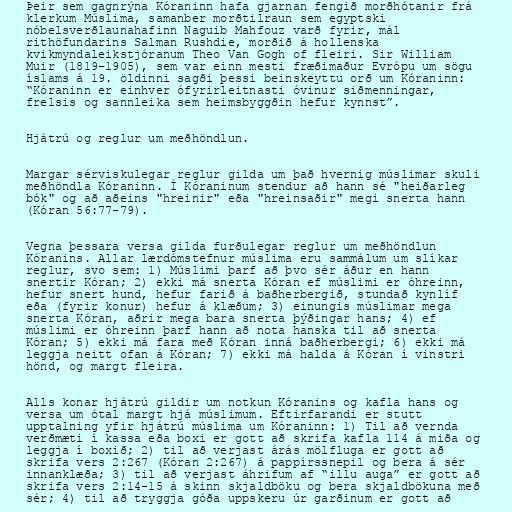
Þeir sem gagnrýna Kóraninn hafa gjarnan fengið morðhótanir frá
klerkum Múslima, samanber morðtilraun sem egyptski
nóbelsverðlaunahafinn Naguib Mahfouz varð fyrir, mál
rithöfundarins Salman Rushdie, morðið á hollenska
kvikmyndaleikstjóranum Theo Van Gogh of fleiri. Sir William
Muir (1819–1905), sem var einn mesti fræðimaður Evrópu um sögu
íslams á 19. öldinni sagði þessi beinskeyttu orð um Kóraninn:
“Kóraninn er einhver ófyrirleitnasti óvinur siðmenningar,
frelsis og sannleika sem heimsbyggðin hefur kynnst”.

Hjátrú og reglur um meðhöndlun.

Margar sérviskulegar reglur gilda um það hvernig múslimar skuli
meðhöndla Kóraninn. Í Kóraninum stendur að hann sé "heiðarleg
bók" og að aðeins "hreinir" eða "hreinsaðir" megi snerta hann
(Kóran 56:77-79).

Vegna þessara versa gilda furðulegar reglur um meðhöndlun
Kóranins. Allar lærdómstefnur múslima eru sammálum um slíkar
reglur, svo sem: 1) Múslimi þarf að þvo sér áður en hann
snertir Kóran; 2) ekki má snerta Kóran ef múslimi er óhreinn,
hefur snert hund, hefur farið á baðherbergið, stundað kynlíf
eða (fyrir konur) hefur á klæðum; 3) einungis múslimar mega
snerta Kóran, aðrir mega bara snerta þýðingar hans; 4) ef
múslimi er óhreinn þarf hann að nota hanska til að snerta
Kóran; 5) ekki má fara með Kóran inná baðherbergi; 6) ekki má
leggja neitt ofan á Kóran; 7) ekki má halda á Kóran í vinstri
hönd, og margt fleira.

Alls konar hjátrú gildir um notkun Kóranins og kafla hans og
versa um ótal margt hjá múslimum. Eftirfarandi er stutt
upptalning yfir hjátrú múslima um Kóraninn: 1) Til að vernda
verðmæti í kassa eða boxi er gott að skrifa kafla 114 á miða og
leggja í boxið; 2) til að verjast árás mölfluga er gott að
skrifa vers 2:267 (Kóran 2:267) á pappírssnepil og bera á sér
innanklæða; 3) til að verjast áhrifum af “illu auga” er gott að
skrifa vers 2:14-15 á skinn skjaldböku og bera skjaldbökuna með
sér; 4) til að tryggja góða uppskeru úr garðinum er gott að